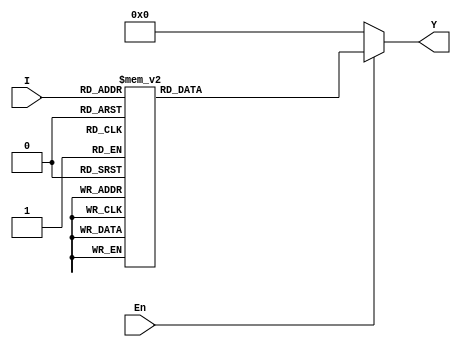
`ifndef DEC2T32E_V
`define DEC2T32E_V

module DEC5T32E(I,En,Y);
    input[4:0] I;
    input En;
    output[31:0] Y;

	function[31:0] dec;
		input[4:0] I;
		input En;

		if(En)  
		    begin
		    case(I)
		    5'b0_0000 : dec = 32'b0000_0000_0000_0000_0000_0000_0000_0001 ;
		    5'b0_0001 : dec = 32'b0000_0000_0000_0000_0000_0000_0000_0010 ;
		    5'b0_0010 : dec = 32'b0000_0000_0000_0000_0000_0000_0000_0100 ;
			5'b0_0011 : dec = 32'b0000_0000_0000_0000_0000_0000_0000_1000 ;
			5'b0_0100 : dec = 32'b0000_0000_0000_0000_0000_0000_0001_0000 ;
			5'b0_0101 : dec = 32'b0000_0000_0000_0000_0000_0000_0010_0000 ;
			5'b0_0110 : dec = 32'b0000_0000_0000_0000_0000_0000_0100_0000 ;
			5'b0_0111 : dec = 32'b0000_0000_0000_0000_0000_0000_1000_0000 ;
			5'b0_1000 : dec = 32'b0000_0000_0000_0000_0000_0001_0000_0000 ;
			5'b0_1001 : dec = 32'b0000_0000_0000_0000_0000_0010_0000_0000 ;
			5'b0_1010 : dec = 32'b0000_0000_0000_0000_0000_0100_0000_0000 ;
			5'b0_1011 : dec = 32'b0000_0000_0000_0000_0000_1000_0000_0000 ;
			5'b0_1100 : dec = 32'b0000_0000_0000_0000_0001_0000_0000_0000 ;
			5'b0_1101 : dec = 32'b0000_0000_0000_0000_0010_0000_0000_0000 ;
			5'b0_1110 : dec = 32'b0000_0000_0000_0000_0100_0000_0000_0000 ;
			5'b0_1111 : dec = 32'b0000_0000_0000_0000_1000_0000_0000_0000 ;
			5'b1_0000 : dec = 32'b0000_0000_0000_0001_0000_0000_0000_0000 ;
			5'b1_0001 : dec = 32'b0000_0000_0000_0010_0000_0000_0000_0000 ;
			5'b1_0010 : dec = 32'b0000_0000_0000_0100_0000_0000_0000_0000 ;
			5'b1_0011 : dec = 32'b0000_0000_0000_1000_0000_0000_0000_0000 ;
			5'b1_0100 : dec = 32'b0000_0000_0001_0000_0000_0000_0000_0000 ;
			5'b1_0101 : dec = 32'b0000_0000_0010_0000_0000_0000_0000_0000 ;
			5'b1_0110 : dec = 32'b0000_0000_0100_0000_0000_0000_0000_0000 ;
			5'b1_0111 : dec = 32'b0000_0000_1000_0000_0000_0000_0000_0000 ;
			5'b1_1000 : dec = 32'b0000_0001_0000_0000_0000_0000_0000_0000 ;
		    5'b1_1001 : dec = 32'b0000_0010_0000_0000_0000_0000_0000_0000 ;
			5'b1_1010 : dec = 32'b0000_0100_0000_0000_0000_0000_0000_0000 ;
			5'b1_1011 : dec = 32'b0000_1000_0000_0000_0000_0000_0000_0000 ;
			5'b1_1100 : dec = 32'b0001_0000_0000_0000_0000_0000_0000_0000 ;
			5'b1_1101 : dec = 32'b0010_0000_0000_0000_0000_0000_0000_0000 ;
		    5'b1_1110 : dec = 32'b0100_0000_0000_0000_0000_0000_0000_0000 ;
			5'b1_1111 : dec = 32'b1000_0000_0000_0000_0000_0000_0000_0000 ;
			default   : dec = 32'b0000_0000_0000_0000_0000_0000_0000_0000 ;
            endcase
		    end
    	else  dec = 32'b0000_0000_0000_0000_0000_0000_0000_0000 ;
	endfunction

	assign Y=dec(I,En);
endmodule

`endif